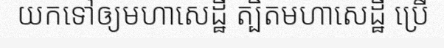
យកទៅឲ្យមហាសេដ្ឋី ត្បិតមហាសេដ្ឋី ប្រើ